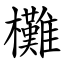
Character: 㰙